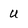
Character: U